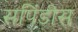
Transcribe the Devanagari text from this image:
सपिंडीस